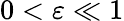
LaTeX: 0<\varepsilon\ll 1